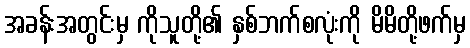
အခန်းအတွင်းမှ ကိုသူတို့၏ နှစ်ဘက်စလုံးကို မိမိတို့ဖက်မှ